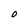
Character: O